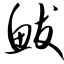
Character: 鲅